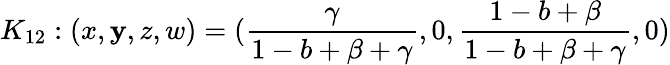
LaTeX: K_{12}:(x,\mathbf{y},z,w)=(\frac{{\gamma}}{{1-b+\beta+\gamma}},0,\frac{{1-b+\beta}}{{1-b+\beta+\gamma}},0)